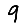
Digit: 9